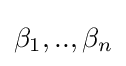
\beta _{1},..,\beta _{n}